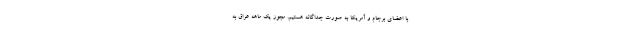
با اعضای برجام و آمریکا به صورت جداگانه هستیم. مجوز یک ماهه عراق به